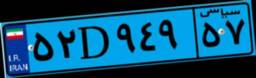
۵۲D۹۴۹۵۷